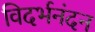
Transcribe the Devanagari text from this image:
विदर्भनंदन